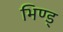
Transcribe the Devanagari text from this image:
भिण्ड्